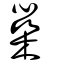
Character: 橤